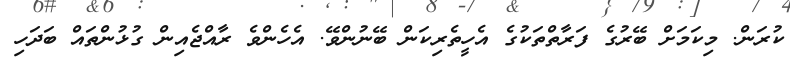
ކުރަން. މިކަމަށް ބޭރުގެ ފަރާތްތަކުގެ އެހީތެރިކަން ބޭނުންވޭ. އެހެންވެ ރާއްޖެއިން ގުޅުންތައް ބަދަހި